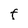
Character: F